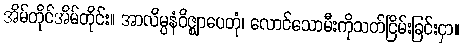
အိမ်တိုင်အိမ်တိုင်း။ အာလိမ္ပနံဝိဇ္ဈာပေတုံ၊ လောင်သောမီးကိုသတ်ငြိမ်းခြင်းငှာ။